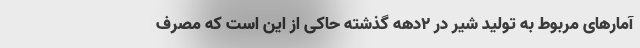
آمارهای مربوط به تولید شیر در 2دهه گذشته حاکی از این است که مصرف